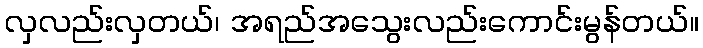
လှလည်းလှတယ်၊ အရည်အသွေးလည်းကောင်းမွန်တယ်။